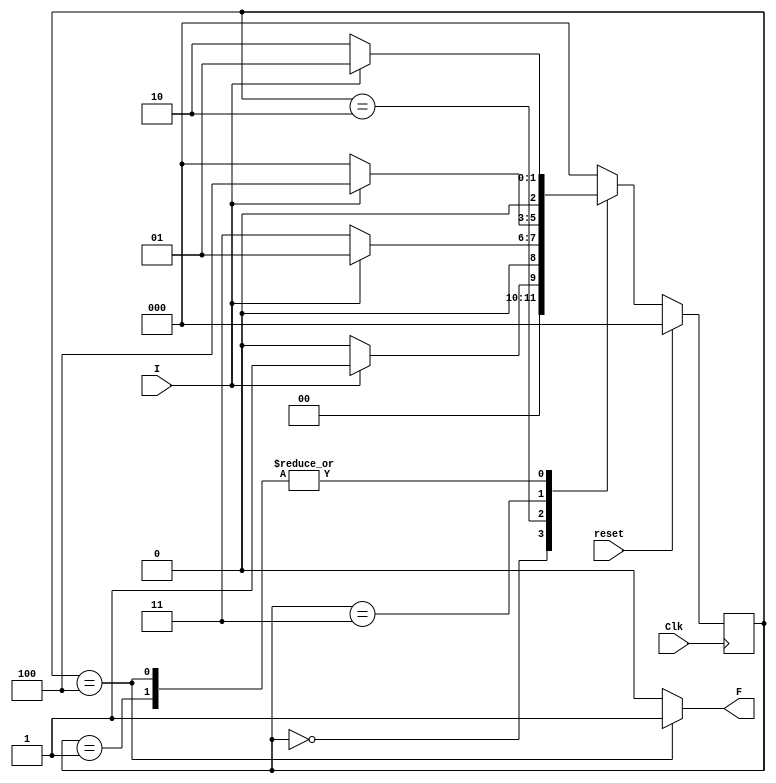
module Lab_2(Clk, reset, I, F);
	input Clk, reset, I;
	output reg F;
	
	parameter S0 = 3'b000, S1 = 3'b001, S2 = 3'b010, S3 = 3'b011, S4 = 3'b100;
	reg [2:0] CS, NS;
	
	always @(posedge Clk)
		begin
			if(reset == 1)
				CS <= S0;
				else
				CS <= NS;
		end
		
		always @(CS,I)
		begin
			case(CS)
			S0:begin
				if(I==1)
					NS = S1;
				else
					NS = S0;
			end
			
			S1:begin
				if(I==0)
					NS = S2;
				else
					NS = S1;
			end
			
			S2:begin
				if(I==0)
					NS = S3;
				else
					NS = S1;
			end
			
			S3:begin
				if(I==0)
					NS = S0;
				else
					NS = S4;
			end
			
			S4:begin
				if(I==0)
					NS = S2;
				else
					NS = S1;
			end
			default: NS = S0;
			endcase
			 F = (CS==S4)? 1:0;
		end
		
endmodule